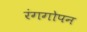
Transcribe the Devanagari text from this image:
रंगगोपन